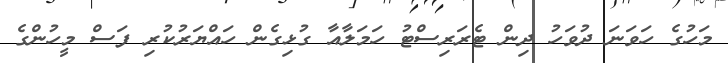
މަހުގެ ހަވަނަ ދުވަހު ދިން ޓެރަރިސްޓު ހަމަލާއާ ގުޅިގެން ހައްޔަރުކުރި ފަސް މީހުންގެ